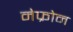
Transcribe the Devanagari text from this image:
नेफ्रोन